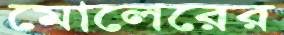
মোলেরের